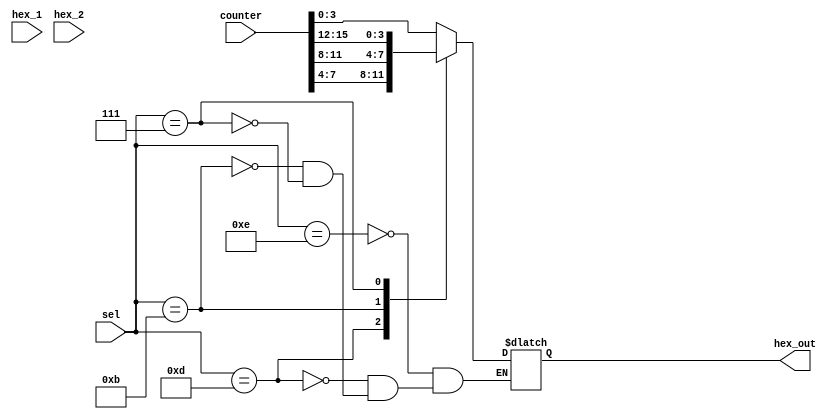
`timescale 1ns / 1ps
//////////////////////////////////////////////////////////////////////////////////
// Company: CYCU
// Engineer: 
// 
// Design Name: 
// Module Name:    Dip_SW_input 
// Project Name: 
// Target Devices: 
// Tool versions: 
// Description: 
//
// Dependencies: 
//
// Revision: 
// Revision 0.01 - File Created
// Additional Comments: 
//
//////////////////////////////////////////////////////////////////////////////////
module Dip_SW_input(hex_1, hex_2, hex_out, sel, counter);
   input [3:0] hex_1;
   input [3:0] hex_2;
   input [3:0] sel;
   input [15:0] counter;
   output [3:0] hex_out;
   reg [3:0] 	hex_out;
   
   always@(counter or sel)
     case(sel)
		4'b1110:hex_out = counter[3:0];
		4'b1101:hex_out = counter[7:4];
		4'b1011:hex_out = counter[11:8];
		4'b0111:hex_out = counter[15:12];			
       //multiplex the input signals (hex_1, hex_2 or counter) to the output, "hex_out"
       //  
     endcase
endmodule